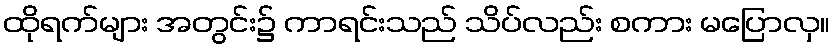
ထိုရက်များ အတွင်း၌ ကာရင်းသည် သိပ်လည်း စကား မပြောလှ။